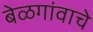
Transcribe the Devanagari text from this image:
बेळगांवाचे